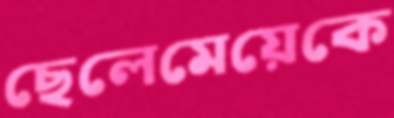
ছেলেমেয়েকে